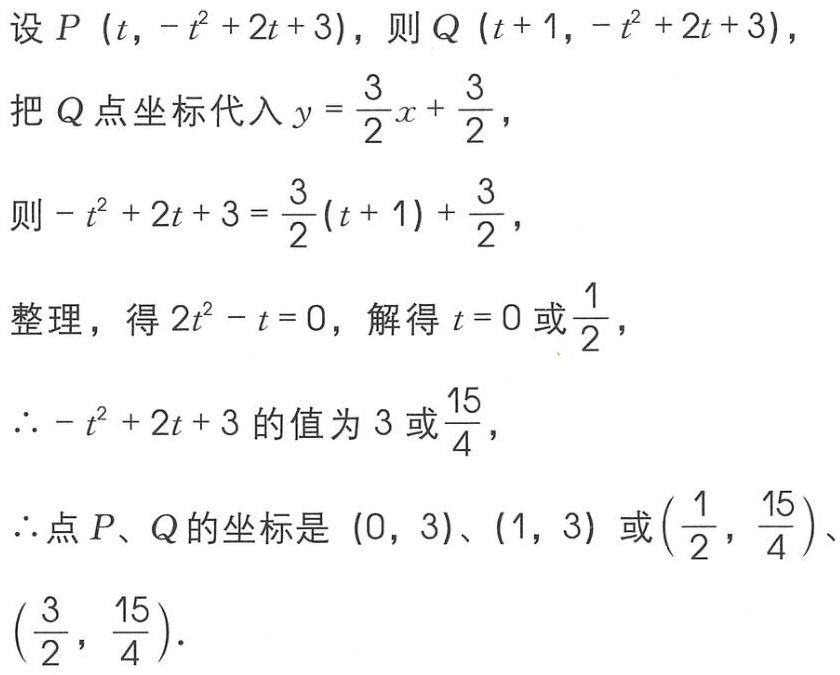
设 \(P\left(t,-t^{2}+2t + 3\right)\)，则 \(Q\left(t + 1,-t^{2}+2t + 3\right)\)，
把 \(Q\) 点坐标代入 \(y=\frac{3}{2}x+\frac{3}{2}\)，
则 \(-t^{2}+2t + 3=\frac{3}{2}(t + 1)+\frac{3}{2}\)，
整理，得 \(2t^{2}-t = 0\)，解得 \(t = 0\) 或 \(\frac{1}{2}\)，
\(\therefore -t^{2}+2t + 3\) 的值为 \(3\) 或 \(\frac{15}{4}\)，
\(\therefore\) 点 \(P、Q\) 的坐标是 \((0,3)\)、\((1,3)\) 或 \(\left(\frac{1}{2},\frac{15}{4}\right)\)、\(\left(\frac{3}{2},\frac{15}{4}\right)\)．